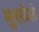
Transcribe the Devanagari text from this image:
मुरलेले